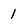
Character: 1